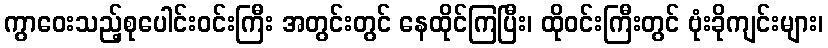
ကွာဝေးသည့်စုပေါင်းဝင်းကြီး အတွင်းတွင် နေထိုင်ကြပြီး၊ ထိုဝင်းကြီးတွင် ဗုံးခိုကျင်းများ၊